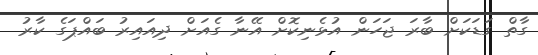
ގާތް ގަޑަކަށް ބާރަ ޖަހަން އުޅެނިކޮށް އޭނާ ގެއަށް ދިއައިރު ބައްޕަގެ ކާރު